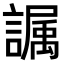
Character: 𫍏